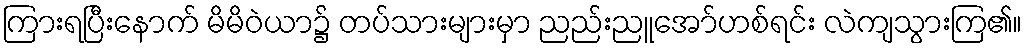
ကြားရပြီးနောက် မိမိဝဲယာ၌ တပ်သားများမှာ ညည်းညူအော်ဟစ်ရင်း လဲကျသွားကြ၏။